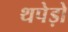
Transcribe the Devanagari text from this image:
थपेड़ो